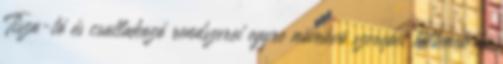
Tisza-tó és csatlakozó rendszerei egyre növekvõ szerepet töltenek be